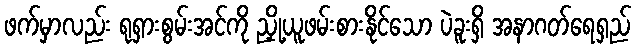
ဖက်မှာလည်း ရုရှားစွမ်းအင်ကို ညှို့ယူဖမ်းစားနိုင်သော ပဲခူးရှိ အနာဂတ်ရေရှည်